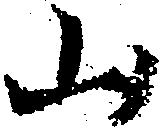
山